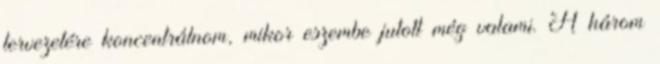
tervezetére koncentrálnom, mikor eszembe jutott még valami. A három